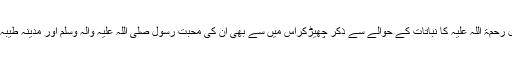
لیکن افضل رضویؔ زاد شرفہ نے اقبال رحمۃ اللہ علیہ کا نباتات کے حوالے سے ذکر چھیڑکراس میں سے بھی ان کی محبتِ رسول صلی اللہ علیہ وآلہ وسلم اور مدینہ طیبہ سے والہانہ عقیدت کا کھوج لگایاہے۔